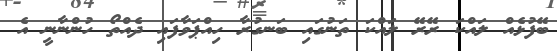
ބޭފުޅެއް ލައްކަ ރޭރޭ ލައްކަ ތަނުގައި ބަނގުރާ ހިއްޕަވާފައި ދެއްތޯ ހުންނާނީ އެ